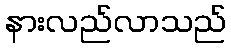
နားလည်လာသည်